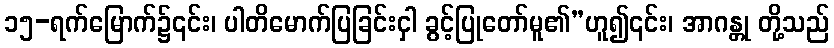
၁၅-ရက်မြောက်၌၎င်း၊ ပါတိမောက်ပြခြင်းငှါ ခွင့်ပြုတော်မူ၏”ဟူ၍၎င်း၊ အာဂန္တု တို့သည်